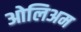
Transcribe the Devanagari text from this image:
ओलिअम